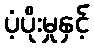
ပံ့ပိုးမှုနှင့်